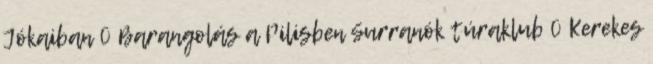
Jókaiban 0 Barangolás a Pilisben Surranók túraklub 0 Kerekes